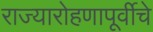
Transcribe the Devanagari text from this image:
राज्यारोहणापूर्वीचे